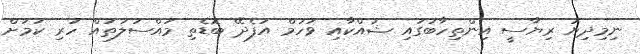
ނިމިދިޔަ ރިޔާސީ އިންތިހާބުގައި ޝައްކާއި ވަހުމް އުފެދޭ ބޮޑެތި މައްސަލަތައް ހުރި ކަމަށް